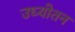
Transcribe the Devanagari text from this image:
उध्योतन